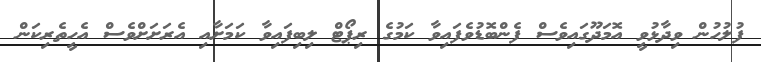
ފުލުހުން ވިދާޅުވީ އޮމަދޫގައިވެސް ފެންބޮޑުވެފައިވާ ކަމުގެ ރިޕޯޓް ލިބިފައިވާ ކަމަށާއި އެރަށަށްވެސް އެހީތެރިކަން